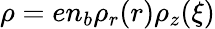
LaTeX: \rho=en_{b}\rho_{r}(r)\rho_{z}(\xi)